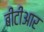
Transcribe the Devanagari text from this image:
बीटीआर